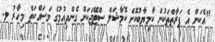
"އެކަން އެ ފަރާތްތަކުން ކާމިޔާބުކޮށް ކޮމާޝަލް ސްޓޭޖަކަށް ގެންދިއުމުގެ މަސައްކަތް މިހާރު ލ.